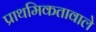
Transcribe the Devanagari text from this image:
प्राथमिकतावाले